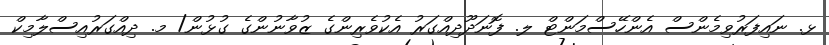
ޅ. ނައިފަރުވިމެންސް އެންހޭސްމަންޓް ލ. ފޮނަދޫދިއްގަރު އެކުވެރިންގެ ޒުވާނުންގެ ގުޅުން/ މ. ދިއްގަރުއިސްލާމިކް